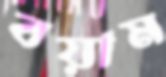
বয়াম